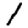
Digit: 1